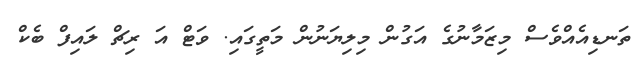
ތަނޑިއެއްވެސް މިޒަމާނުގެ އަގުން މިލިޔަނުން މަތީގައި. ވަޓް އަ ރިޗް ލައިފް ބެކް